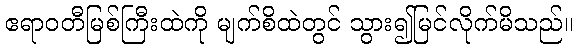
ဧရာဝတီမြစ်ကြီးထဲကို မျက်စိထဲတွင် သွား၍မြင်လိုက်မိသည်။